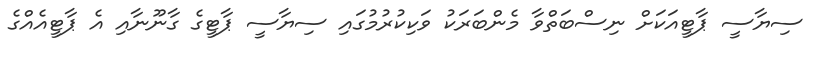
ސިޔާސީ ޕާޓީއަކަށް ނިސްބަތްވާ މެންބަރަކު ވަކިކުރުމުގައި ސިޔާސީ ޕާޓީގެ ގާނޫނާއި އެ ޕާޓީއެއްގެ